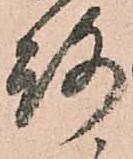
路